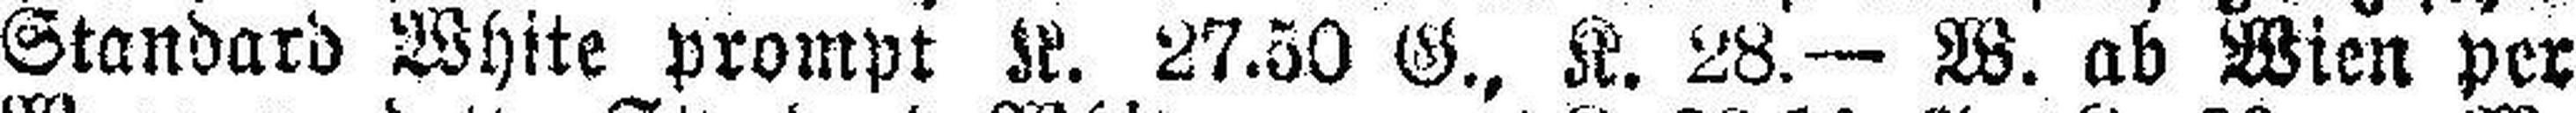
Standard White prompt K. 27.50 G., K. 28.— W. ab Wien per